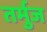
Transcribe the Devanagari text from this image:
तर्मुज